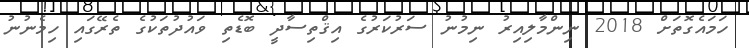
ހަމައެގޮތަށް 2018 ނިންމާލިއިރު ނިމުނު ސަރުކަރުގެ އިޤްތިސާދީ ބޮޑެތި ވައުދުތަކުގެ ތެރޭގައި ހިމެނުނު